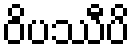
ဝိပဿီပိ